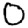
Digit: 0